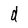
Character: d